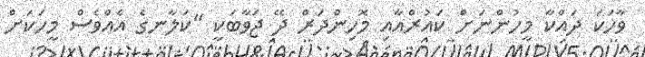
ވާހަކަ ދައްކާ މީހުންނަށް ކައުރްއާއި މޮހިންދަރް ދޭ ޖަވާބަކީ "ކަލާނގެ އެއްވެސް މީހަކަށް